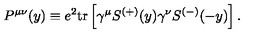
P ^ { \mu \nu } ( y ) \equiv e ^ { 2 } \mathrm { t r } \left[ \gamma ^ { \mu } S ^ { ( + ) } ( y ) \gamma ^ { \nu } S ^ { ( - ) } ( - y ) \right] .